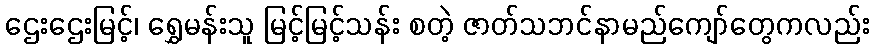
ဌေးဌေးမြင့်၊ ရွှေမန်းသူ မြင့်မြင့်သန်း စတဲ့ ဇာတ်သဘင်နာမည်ကျော်တွေကလည်း